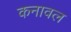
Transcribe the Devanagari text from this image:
कनावल